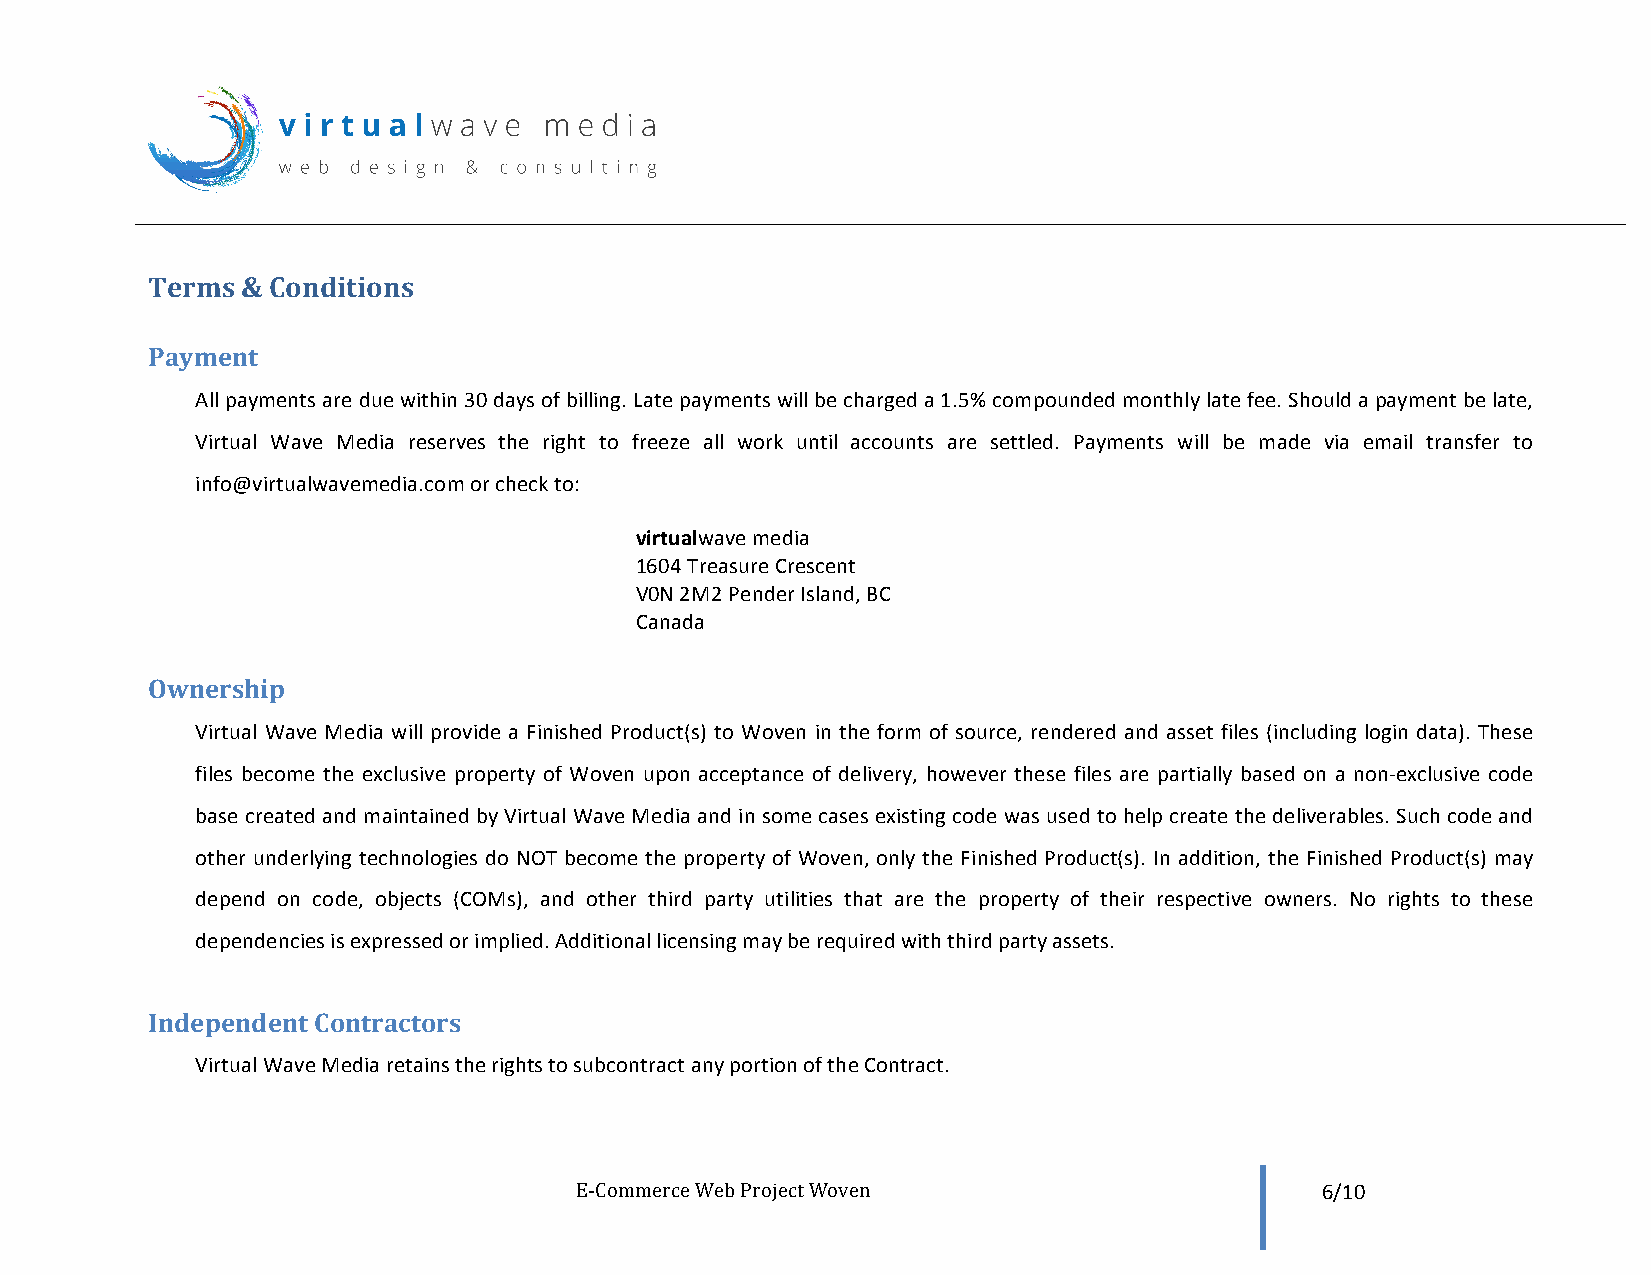
Terms & Conditions
 Payment
 All payments are due within 30 days of billing. Late payments will be charged a 1.5% compounded monthly late fee. Should a payment be late,
 Virtual Wave Media reserves the right to freeze all work until accounts are settled. Payments will be made via email transfer to
 info@virtualwavemedia.com or check to:
 virtualwave media
 1604 Treasure Crescent
 V0N 2M2 Pender Island, BC
 Canada
 Ownership
 Virtual Wave Media will provide a Finished Product(s) to Woven in the form of source, rendered and asset files (including login data). These
 files become the exclusive property of Woven upon acceptance of delivery, however these files are partially based on a non-­‐exclusive code
 base created and maintained by Virtual Wave Media and in some cases existing code was used to help create the deliverables. Such code and
 other underlying technologies do NOT become the property of Woven, only the Finished Product(s). In addition, the Finished Product(s) may
 depend on code, objects (COMs), and other third party utilities that are the property of their respective owners. No rights to these
 dependencies is expressed or implied. Additional licensing may be required with third party assets.
 Independent Contractors
 Virtual Wave Media retains the rights to subcontract any portion of the Contract.
 E-­‐Commerce Web Project Woven                   6/10